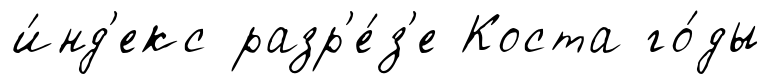
и́нд'екс разр'е́з'е Коста го́ды